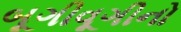
બૂગીવૂગીનો